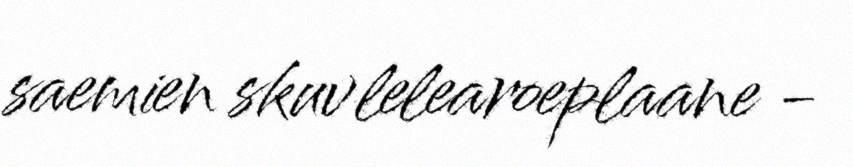
saemien skuvlelearoeplaane -